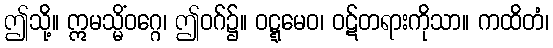
ဤသို့။ ဣမသ္မိံဝဂ္ဂေ၊ ဤဝဂ်၌။ ဝဋ္ဋမေဝ၊ ဝဋ်တရားကိုသာ။ ကထိတံ၊